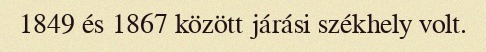
1849 és 1867 között járási székhely volt.